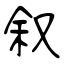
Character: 叙